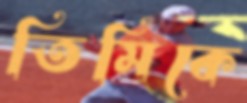
তিমিকে